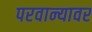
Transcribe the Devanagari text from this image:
परवान्यावर